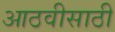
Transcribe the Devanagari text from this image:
आठवीसाठी